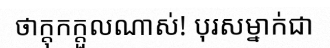
ថាក្តុកក្តួលណាស់! បុរសម្នាក់ជា